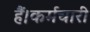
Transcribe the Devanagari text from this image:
हैं।कर्मचारी